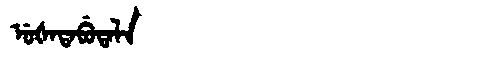
Manchu: ᡠᡧᠠᡨᠠᠪᡠᡨᠠᠯᠠ
Romanization: UŠATABUTALA